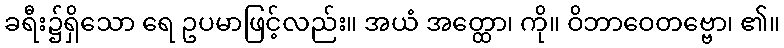
ခရီး၌ရှိသော ရေ ဥပမာဖြင့်လည်း။ အယံ အတ္ထော၊ ကို။ ဝိဘာဝေတဗ္ဗော၊ ၏။